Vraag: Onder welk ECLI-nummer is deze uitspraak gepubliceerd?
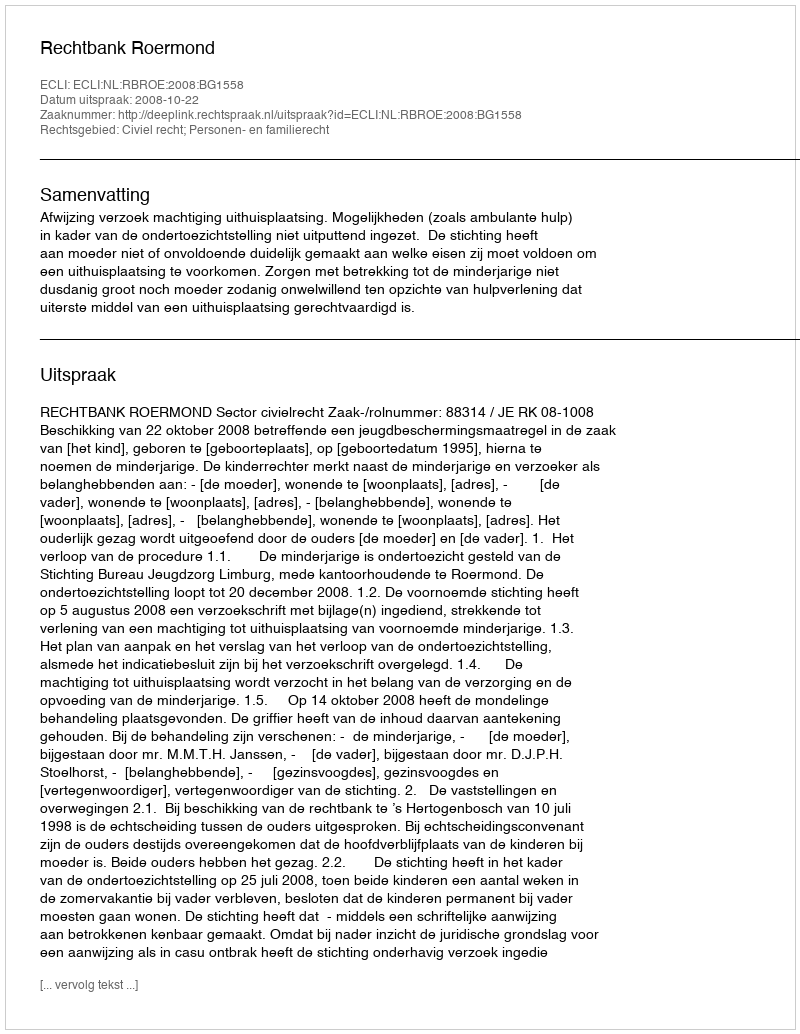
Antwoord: ECLI:NL:RBROE:2008:BG1558